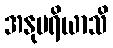
အနုပရိယာသိ